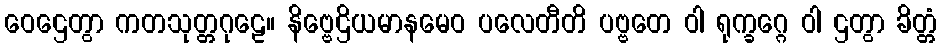
ဝေဌေတွာ ကတသုတ္တဂုဠေ။ နိဗ္ဗေဌိယမာနမေဝ ပလေတီတိ ပဗ္ဗတေ ဝါ ရုက္ခဂ္ဂေ ဝါ ဌတွာ ခိတ္တံ